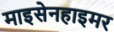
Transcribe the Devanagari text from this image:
माइसेनहाइमर